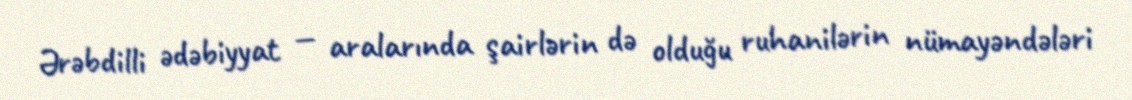
Ərəbdilli ədəbiyyat — aralarında şairlərin də olduğu ruhanilərin nümayəndələri